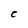
Character: C